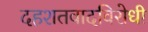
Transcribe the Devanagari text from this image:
दहशतवादविरोधी